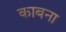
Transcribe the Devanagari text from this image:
काबना